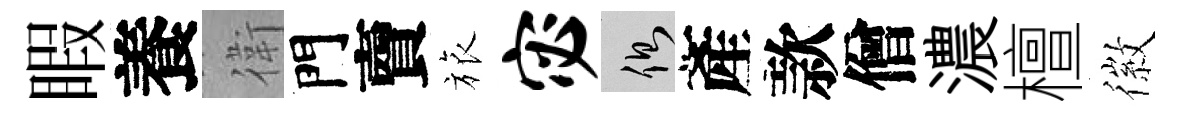
睱養衛門𧶠旅宓側產款僧濃檀徽